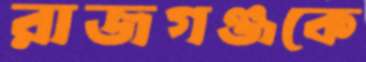
রাজগঞ্জকে